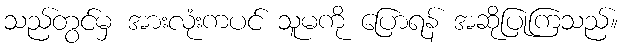
သည်တွင်မှ အားလုံးကပင် သူမကို ပြောရန် အဆိုပြုကြသည်။